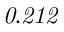
\it 0 . 2 1 2